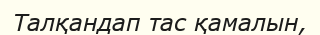
Талқандап тас қамалын,